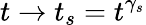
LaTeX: t\rightarrow t_{s}=t^{\gamma_{s}}